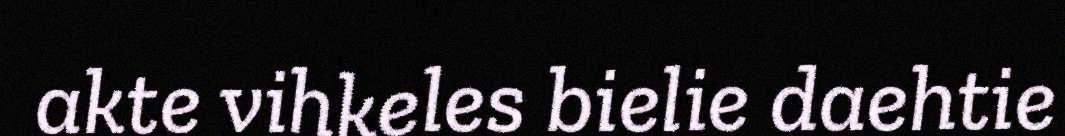
akte vihkeles bielie daehtie